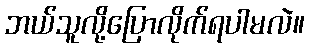
ဘယ်သူလို့ပြောလိုက်ရပါမလဲ။